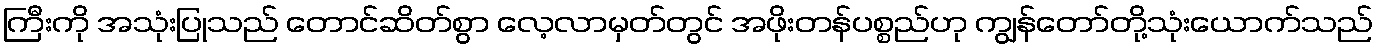
ကြီးကို အသုံးပြုသည် တောင်ဆိတ်စွာ လေ့လာမှတ်တွင် အဖိုးတန်ပစ္စည်ဟု ကျွန်တော်တို့သုံးယောက်သည်